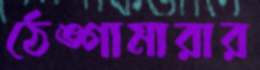
ঠেঙ্গামারার